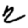
Digit: 2